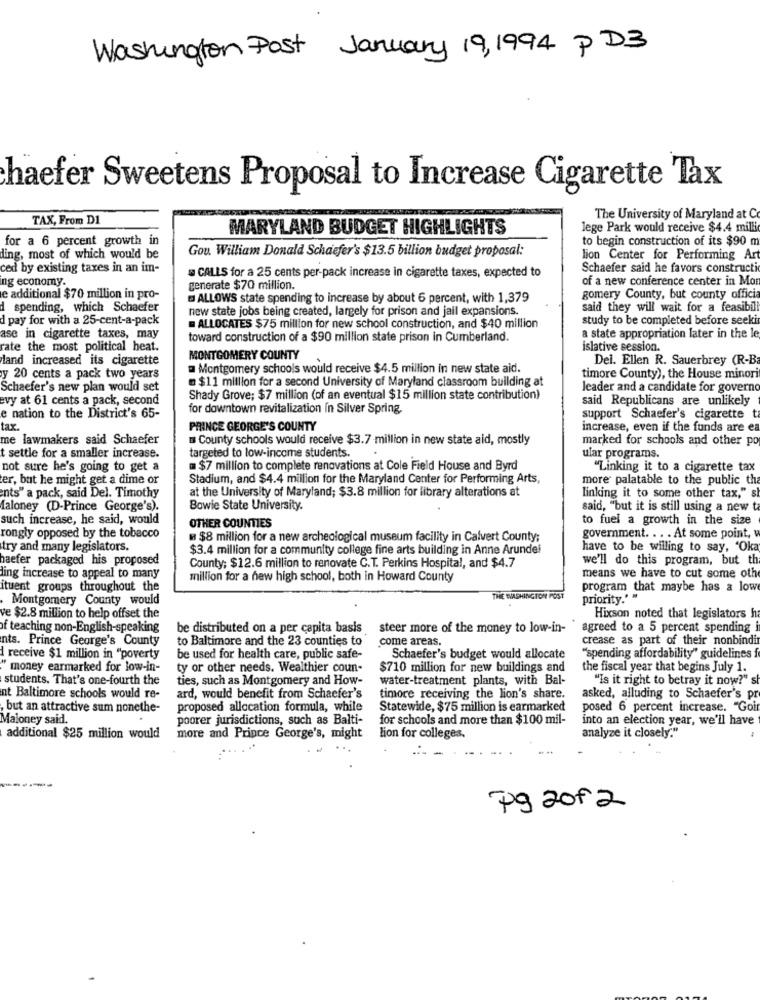
Washington Post January 19, 1994 PD3
haefer Sweetens Proposal to Increase Cigarette Tax
TAX, From D1
The University of Maryland at C
MARYLAND BUDGET HIGHLIGHTS
lege Park would receive $4.4 milli
for a 6 percent growth in
to begin construction of its $90 m
Gou. William Donald Schaefer's $13.5 billion budget proposal:
ding, most of which would be
lion Center for Performing Art
ced by existing taxes in an im-
Schaefer said he favors constructi
ng economy.
= CALLS for a 25 cents per-pack increase in cigarette taxes, expected to
of a new conference center in Mon
generate $70 million.
e additional $70 million in pro-
B ALLOWS state spending to increase by about 6 percent, with 1,379
gomery County, but county offici
d spending, which Schaefer
new state jobs being created, largely for prison and jail expansions.
said they will wait for a feasibill
d pay for with a 25-cent-a-pack
study to be completed before seeki
. ALLOCATES $75 million for new school construction, and $40 million
ase in cigarette taxes, may
toward construction of a $90 million state prison in Cumberland.
a state appropriation later in the le
rate the most political heat.
islative session.
land increased its cigarette
MONTGOMERY COUNTY
Del. Ellen R. Sauerbrey (R-B
a Montgomery schools would receive $4.5 million in new state aid.
y 20 cents a pack two years
@ $11 million for a second University of Maryland classroom building at
timore County), the House minori
Schaefer's new plan would set
leader and a candidate for governo
evy at 61 cents a pack, second
Shady Grove; $7 million (of an eventual $15 million state contribution)
said Republicans are unlikely
for downtown revitalization In Silver Spring,
e nation to the District's 65-
support Schaefer's cigarette t
tax.
PRINCE GEORGE'S COUNTY
increase, even if the funds are ea
me lawmakers said Schaefer
County schools would receive $3.7 million in new state aid, mostly
marked for schools and other po
t settle for a smaller increase.
targeted to low-income students.
ular programs.
not sure he's going to get a
@ $7 million to complete renovations at Cole Field House and Byrd
"Linking it to a cigarette tax
ter, but he might get a dime or
Stadium, and $4.4 million for the Maryland Center for Performing Arts,
more palatable to the public th
at the University of Maryland; $3.8 million for library alterations at
ents" a pack, said Del. Timothy
linking it to some other tax," s
faloney (D-Prince George's).
Bowie State University.
said, "but it is still using a new ta
such increase, he said, would
to fuel a growth in the size
OTHER COUNTIES
rongly opposed by the tobacco
$8 million for a new archeological museum facility in Calvert County;
government. . . . At some point, w
try and many legislators.
$3.4 million for a community college fine arts building in Anne Arundel
have to be willing to say, 'Oka
haefer packaged his proposed
County; $12.6 million to renovate C.T. Perkins Hospital, and $4.7
we'll do this program, but th
ling increase to appeal to many
million for a new high school, both in Howard County
means we have to cut some othe
ituent groups throughout the
program that maybe has a low
Montgomery County would
THE WASHINGTON POST
priority." "
ve $2.8 million to help offset the
Hixson noted that legislators h
of teaching non-English-speaking
be distributed on a per capita basis steer more of the money to low-in-
agreed to a 5 percent spending
nts. Prince George's County
to Baltimore and the 23 counties to
come areas.
crease as part of their nonbindi
I receive $1 million in "poverty
be used for health care, public safe-
Schaefer's budget would allocate
"spending affordability" guidelines
" money earmarked for low-in-
ty or other needs. Wealthier coun-
$710 million for new buildings and
the fiscal year that begins July 1.
students. That's one-fourth the
ties, such as Montgomery and How-
water-treatment plants, with Bal-
"Is it right to betray it now?" s
nt Baltimore schools would re-
ard, would benefit from Schaefer's
timore receiving the lion's share.
asked, alluding to Schaefer's pr
but an attractive sum nonethe-
proposed allocation formula, while
Statewide, $75 million is earmarked
posed 6 percent increase. "Goir
Maloney said.
poorer jurisdictions, such as Balti-
for schools and more than $100 mil-
into an election year, we'll have
analyze it closely."
additional $25 million would
more and Prince George's, might
lion for colleges.
pg 2012